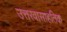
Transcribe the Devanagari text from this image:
उत्तरवासाहतिक